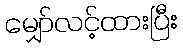
မျှော်လင့်ထားပြီး